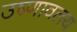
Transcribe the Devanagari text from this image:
उष्णावलय